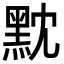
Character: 黕